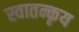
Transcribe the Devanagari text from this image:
स्वातन्कृय